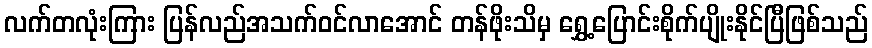
လက်တလုံးကြား ပြန်လည်အသက်ဝင်လာအောင် တန်ဖိုးသိမှ ရွှေ့ပြောင်းစိုက်ပျိုးနိုင်ပြီဖြစ်သည်